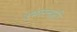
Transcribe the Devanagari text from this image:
उभारनारी